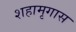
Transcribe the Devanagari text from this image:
शहामृगास